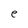
Character: e